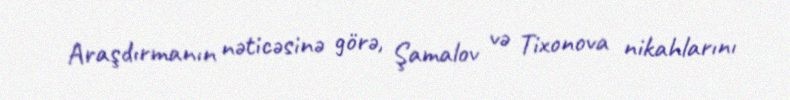
Araşdırmanın nəticəsinə görə, Şamalov və Tixonova nikahlarını